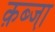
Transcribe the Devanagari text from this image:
क़ब्जा़